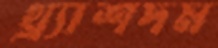
থ্র্যাশদম